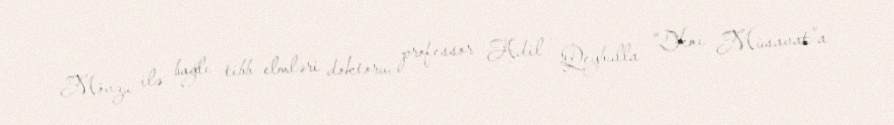
Mövzu ilə bağlı tibb elmləri doktoru, professor Adil Qeybulla “Yeni Müsavat”a